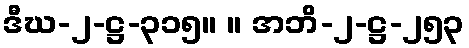
ဒီဃ-၂-ဋ္ဌ-၃၁၅။ ။ အဘိ-၂-ဋ္ဌ-၂၅၃